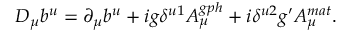
D _ { \mu } b ^ { u } = \partial _ { \mu } b ^ { u } + i g \delta ^ { u 1 } A _ { \mu } ^ { g p h } + i \delta ^ { u 2 } g ^ { \prime } A _ { \mu } ^ { m a t } .